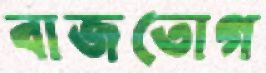
বাজতোগ